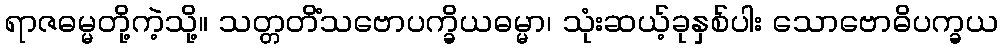
ရာဇဓမ္မတို့ကဲ့သို့။ သတ္တတိံသဗောပက္ခိယဓမ္မာ၊ သုံးဆယ့်ခုနှစ်ပါး သောဗောဓိပက္ခယ